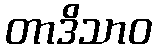
တာဒိသာဝ